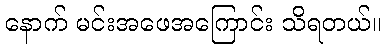
နောက် မင်းအဖေအကြောင်း သိရတယ်။